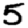
Digit: 5